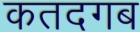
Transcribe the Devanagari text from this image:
कतदगब